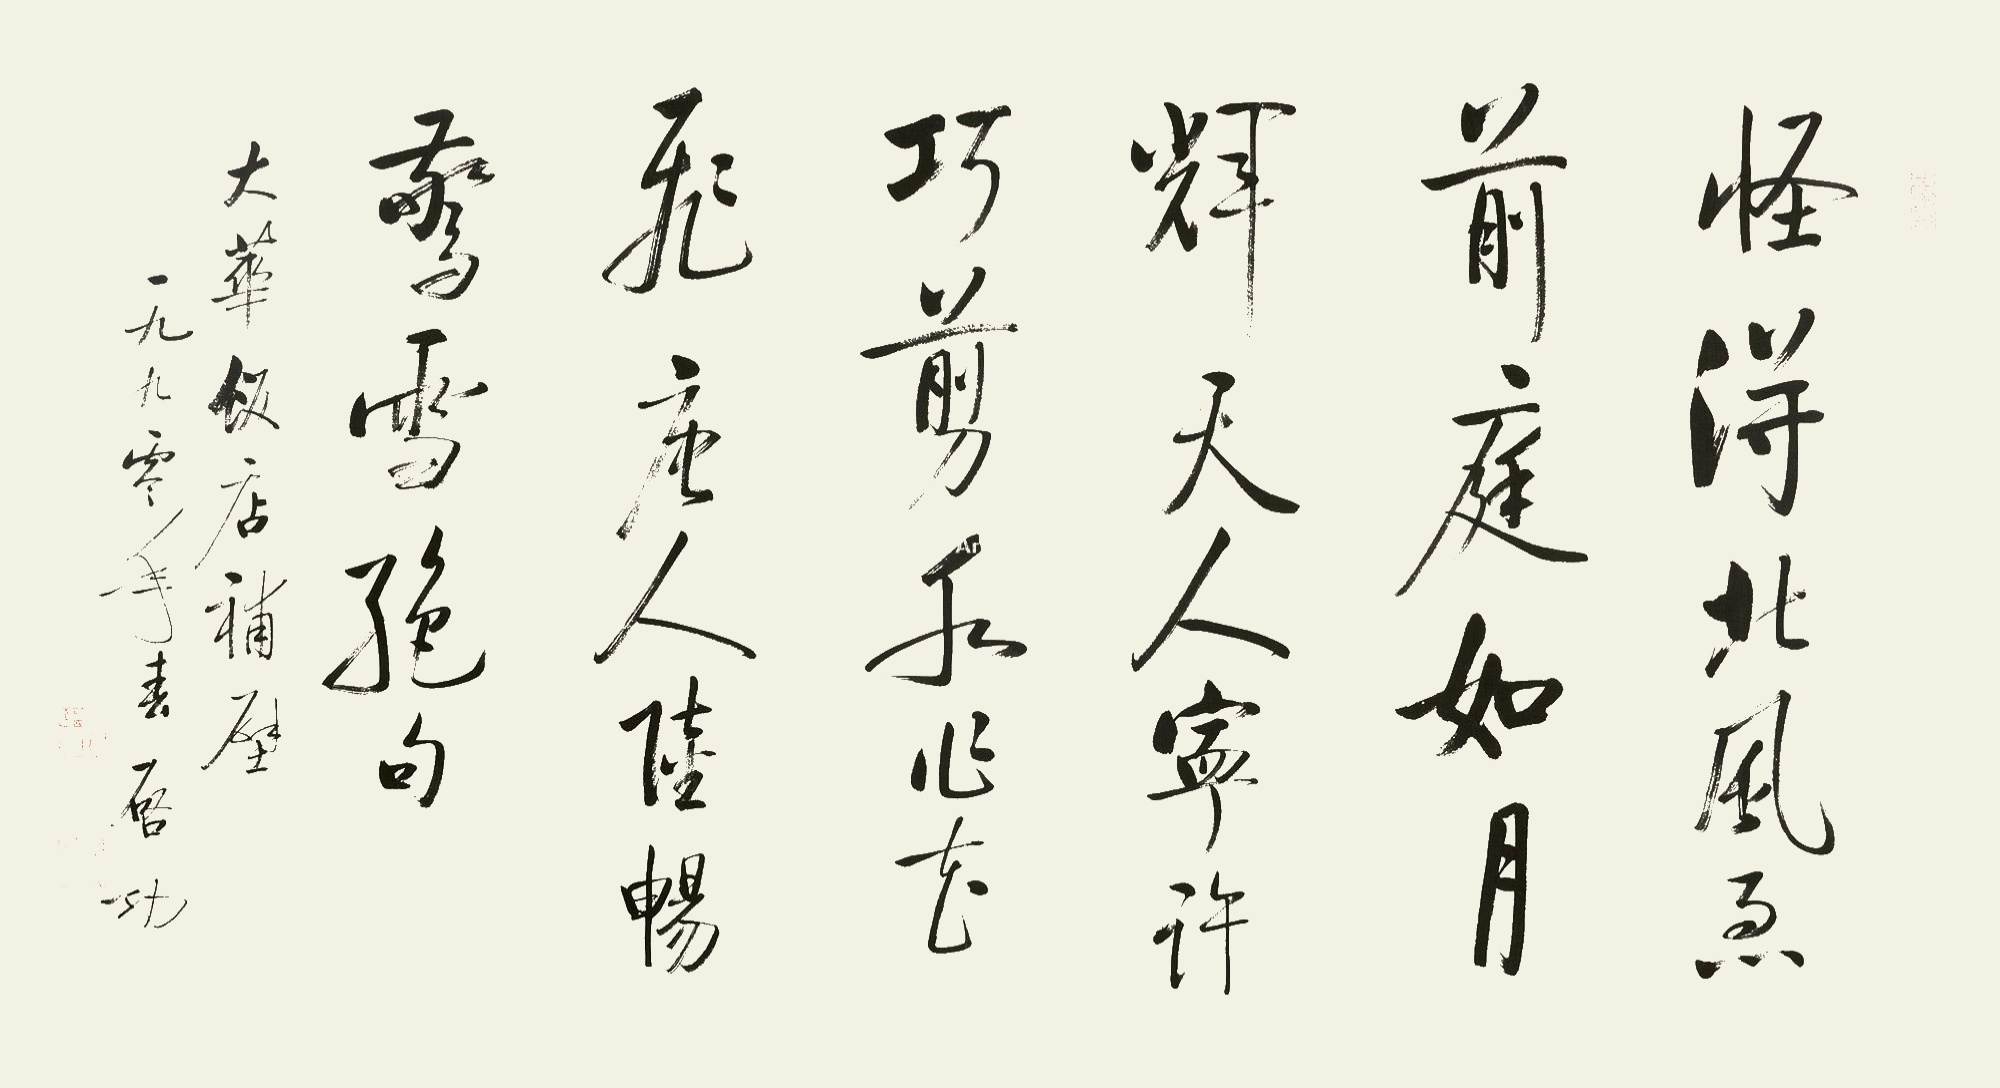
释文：怪得北风急，前庭如月辉。天人宁许巧，剪水作花飞。唐人陆畅《惊雪》绝句。大华饭店补壁，一九九零年春，启功。